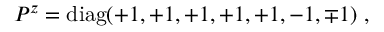
P ^ { z } = \mathrm { d i a g } ( + 1 , + 1 , + 1 , + 1 , + 1 , - 1 , \mp 1 ) ~ , ~ \,